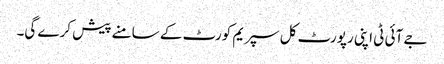
جے آئی ٹی اپنی رپورٹ کل سپریم کورٹ کے سامنے پیش کرے گی۔